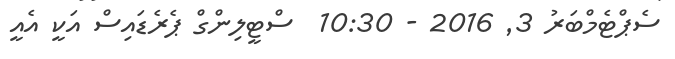
ސެޕްޓެމްބަރު 3